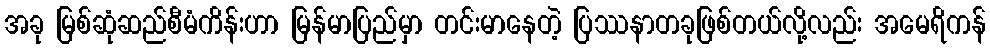
အခု မြစ်ဆုံဆည်စီမံကိန်းဟာ မြန်မာပြည်မှာ တင်းမာနေတဲ့ ပြဿနာတခုဖြစ်တယ်လို့လည်း အမေရိကန်